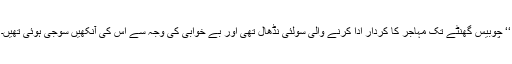
‘‘ چوبیس گھنٹے تک مہاجر کا کردار ادا کرنے والی سولئی نڈھال تھی اور بے خوابی کی وجہ سے اس کی آنکھیں سوجی ہوئی تھیں۔